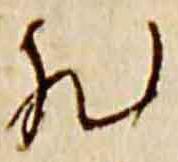
然